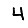
Digit: 4